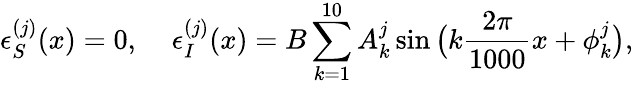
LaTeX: \epsilon_{S}^{(j)}(x)=0,\; \; \; \; \epsilon_{I}^{(j)}(x)=B\sum_{k=1}^{10}A_{k}^{j}\sin\big(k\frac{2\pi}{1000}x+\phi_{k}^{j}\big),